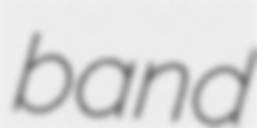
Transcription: band